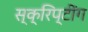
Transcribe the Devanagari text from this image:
स्क्रिप्टींग